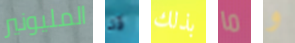
المليونير قد بذلك ما و